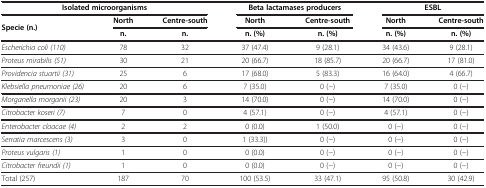
<table><thead><tr><td colspan="3"><b>Isolated microorganisms</b></td><td colspan="2"><b>Beta lactamases producers</b></td><td colspan="2"><b>ESBL</b></td></tr><tr><td rowspan="2"><b>Specie (n.)</b></td><td><b>North</b></td><td><b>Centre-south</b></td><td><b>North</b></td><td><b>Centre-south</b></td><td><b>North</b></td><td><b>Centre-south</b></td></tr><tr><td><b>n.</b></td><td><b>n.</b></td><td><b>n. (%)</b></td><td><b>n. (%)</b></td><td><b>n. (%)</b></td><td><b>n. (%)</b></td></tr></thead><tbody><tr><td><i>Escherichia coli (110)</i></td><td>78</td><td>32</td><td>37 (47.4)</td><td>9 (28.1)</td><td>34 (43.6)</td><td>9 (28.1)</td></tr><tr><td><i>Proteus mirabilis (51)</i></td><td>30</td><td>21</td><td>20 (66.7)</td><td>18 (85.7)</td><td>20 (66.7)</td><td>17 (81.0)</td></tr><tr><td><i>Providencia stuartii (31)</i></td><td>25</td><td>6</td><td>17 (68.0)</td><td>5 (83.3)</td><td>16 (64.0)</td><td>4 (66.7)</td></tr><tr><td><i>Klebsiella pneumoniae (26)</i></td><td>20</td><td>6</td><td>7 (35.0)</td><td>0 (−)</td><td>7 (35.0)</td><td>0 (−)</td></tr><tr><td><i>Morganella morganii (23)</i></td><td>20</td><td>3</td><td>14 (70.0)</td><td>0 (−)</td><td>14 (70.0)</td><td>0 (−)</td></tr><tr><td><i>Citrobacter koseri (7)</i></td><td>7</td><td>0</td><td>4 (57.1)</td><td>0 (−)</td><td>4 (57.1)</td><td>0 (−)</td></tr><tr><td><i>Enterobacter cloacae (4)</i></td><td>2</td><td>2</td><td>0 (0.0)</td><td>1 (50.0)</td><td>0 (−)</td><td>0 (−)</td></tr><tr><td><i>Serratia marcescens (3)</i></td><td>3</td><td>0</td><td>1 (33.3))</td><td>0 (−)</td><td>0 (−)</td><td>0 (−)</td></tr><tr><td><i>Proteus vulgaris (1)</i></td><td>1</td><td>0</td><td>0 (0.0)</td><td>0 (−)</td><td>0 (−)</td><td>0 (−)</td></tr><tr><td><i>Citrobacter freundii (1)</i></td><td>1</td><td>0</td><td>0 (0.0)</td><td>0 (−)</td><td>0 (−)</td><td>0 (−)</td></tr><tr><td>Total (257)</td><td>187</td><td>70</td><td>100 (53.5)</td><td>33 (47.1)</td><td>95 (50.8)</td><td>30 (42.9)</td></tr></tbody></table>